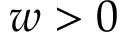
w > 0